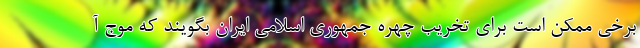
برخی ممکن است برای تخریب چهره جمهوری اسلامی ایران بگویند که موج آ